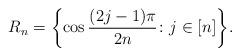
LaTeX: \begin{align*}R_n=\biggl\{\cos{(2j-1)\pi\over 2n}\colon j\in[n]\biggr\}.\end{align*}